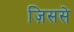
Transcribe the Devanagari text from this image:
ज़िससे